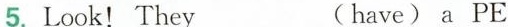
5. Look! They___(have) a PE